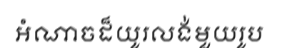
អំណាចដ៏យូរលង់មួយរូប